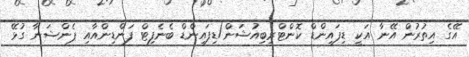
އޭގެ އިތުރުން އޭނާ އަކީ ޑިފައިންޑް ކޮންޓްރިބިއުޝަން/ޑިފައިންޑް ބެނެފިޓް ފަންޑިންއާއި ޕެންޝަނާ ގުޅޭ